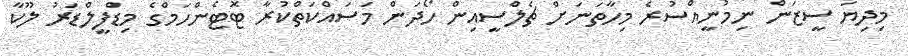
މިދިޔަ ސީޒަން ނިމުނީއްސުރެ މިހާތަނަށް ޗެލްސީއިން ހޯދަން މަސައްކަތްކުރާ ޓޮޓެންހަމްގެ މިޑްފީލްޑަރު ލޫކާ